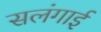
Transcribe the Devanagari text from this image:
सलंगाई